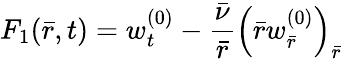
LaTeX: F_{1}(\bar{r},t)=w_{t}^{(0)}-\frac{\bar{\nu}}{\bar{r}}\left(\bar{r}w_{\bar{r}}^{(0)}\right)_{\bar{r}}